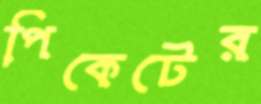
পিকেটের